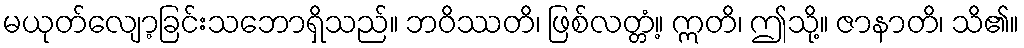
မယုတ်လျော့ခြင်းသဘောရှိသည်။ ဘဝိဿတိ၊ ဖြစ်လတ္တံ့။ ဣတိ၊ ဤသို့။ ဇာနာတိ၊ သိ၏။